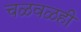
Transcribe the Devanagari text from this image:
चळवळही